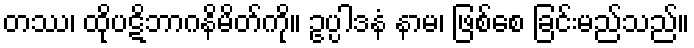
တဿ၊ ထိုပဋိဘာဂနိမိတ်ကို။ ဥပ္ပါဒနံ နာမ၊ ဖြစ်စေ ခြင်းမည်သည်။